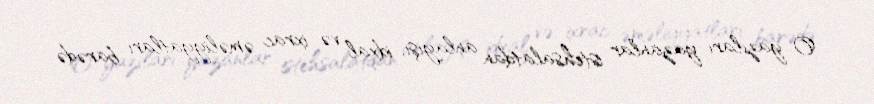
O yazıları yazanlar istehsalatdan anlayışı, idxal və ixrac əməliyyatları barədə